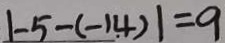
\vert - 5 - ( - 1 . 4 ) \vert = 9